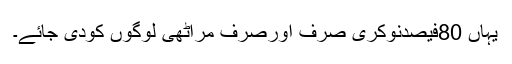
یہاں 80فیصدنوکری صرف اورصرف مراٹھی لوگوں کودی جائے۔